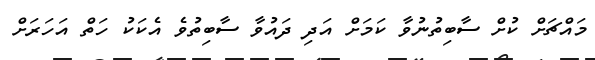
މައްޗަށް ކުށް ސާބިތުނުވާ ކަމަށް އަދި ދައުވާ ސާބިތުވެ އެކަކު ހަތް އަހަރަށް